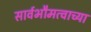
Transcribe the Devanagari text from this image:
सार्वभौमत्वाच्या